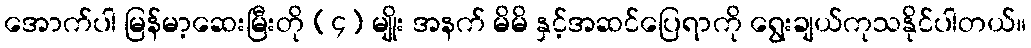
အောက်ပါ မြန်မာ့ဆေးမြီးတို (၄) မျိုး အနက် မိမိ နှင့်အဆင်ပြေရာကို ရွေးချယ်ကုသနိုင်ပါတယ်။